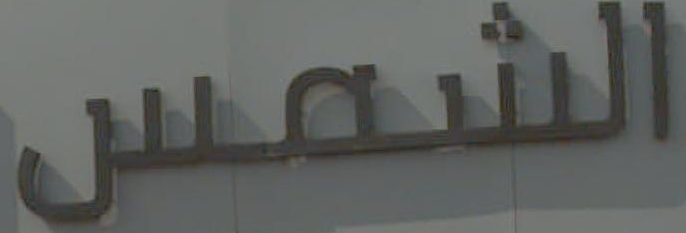
الشمس